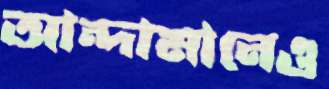
আন্দামানেও